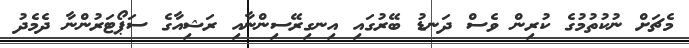
މެޗަށް ނުކުތުމުގެ ކުރިން ވެސް ދަނޑު ބޭރުގައި އިނގިރޭސިންނާއި ރަޝިއާގެ ސަޕޯޓަރުންނާ ދެމެދު